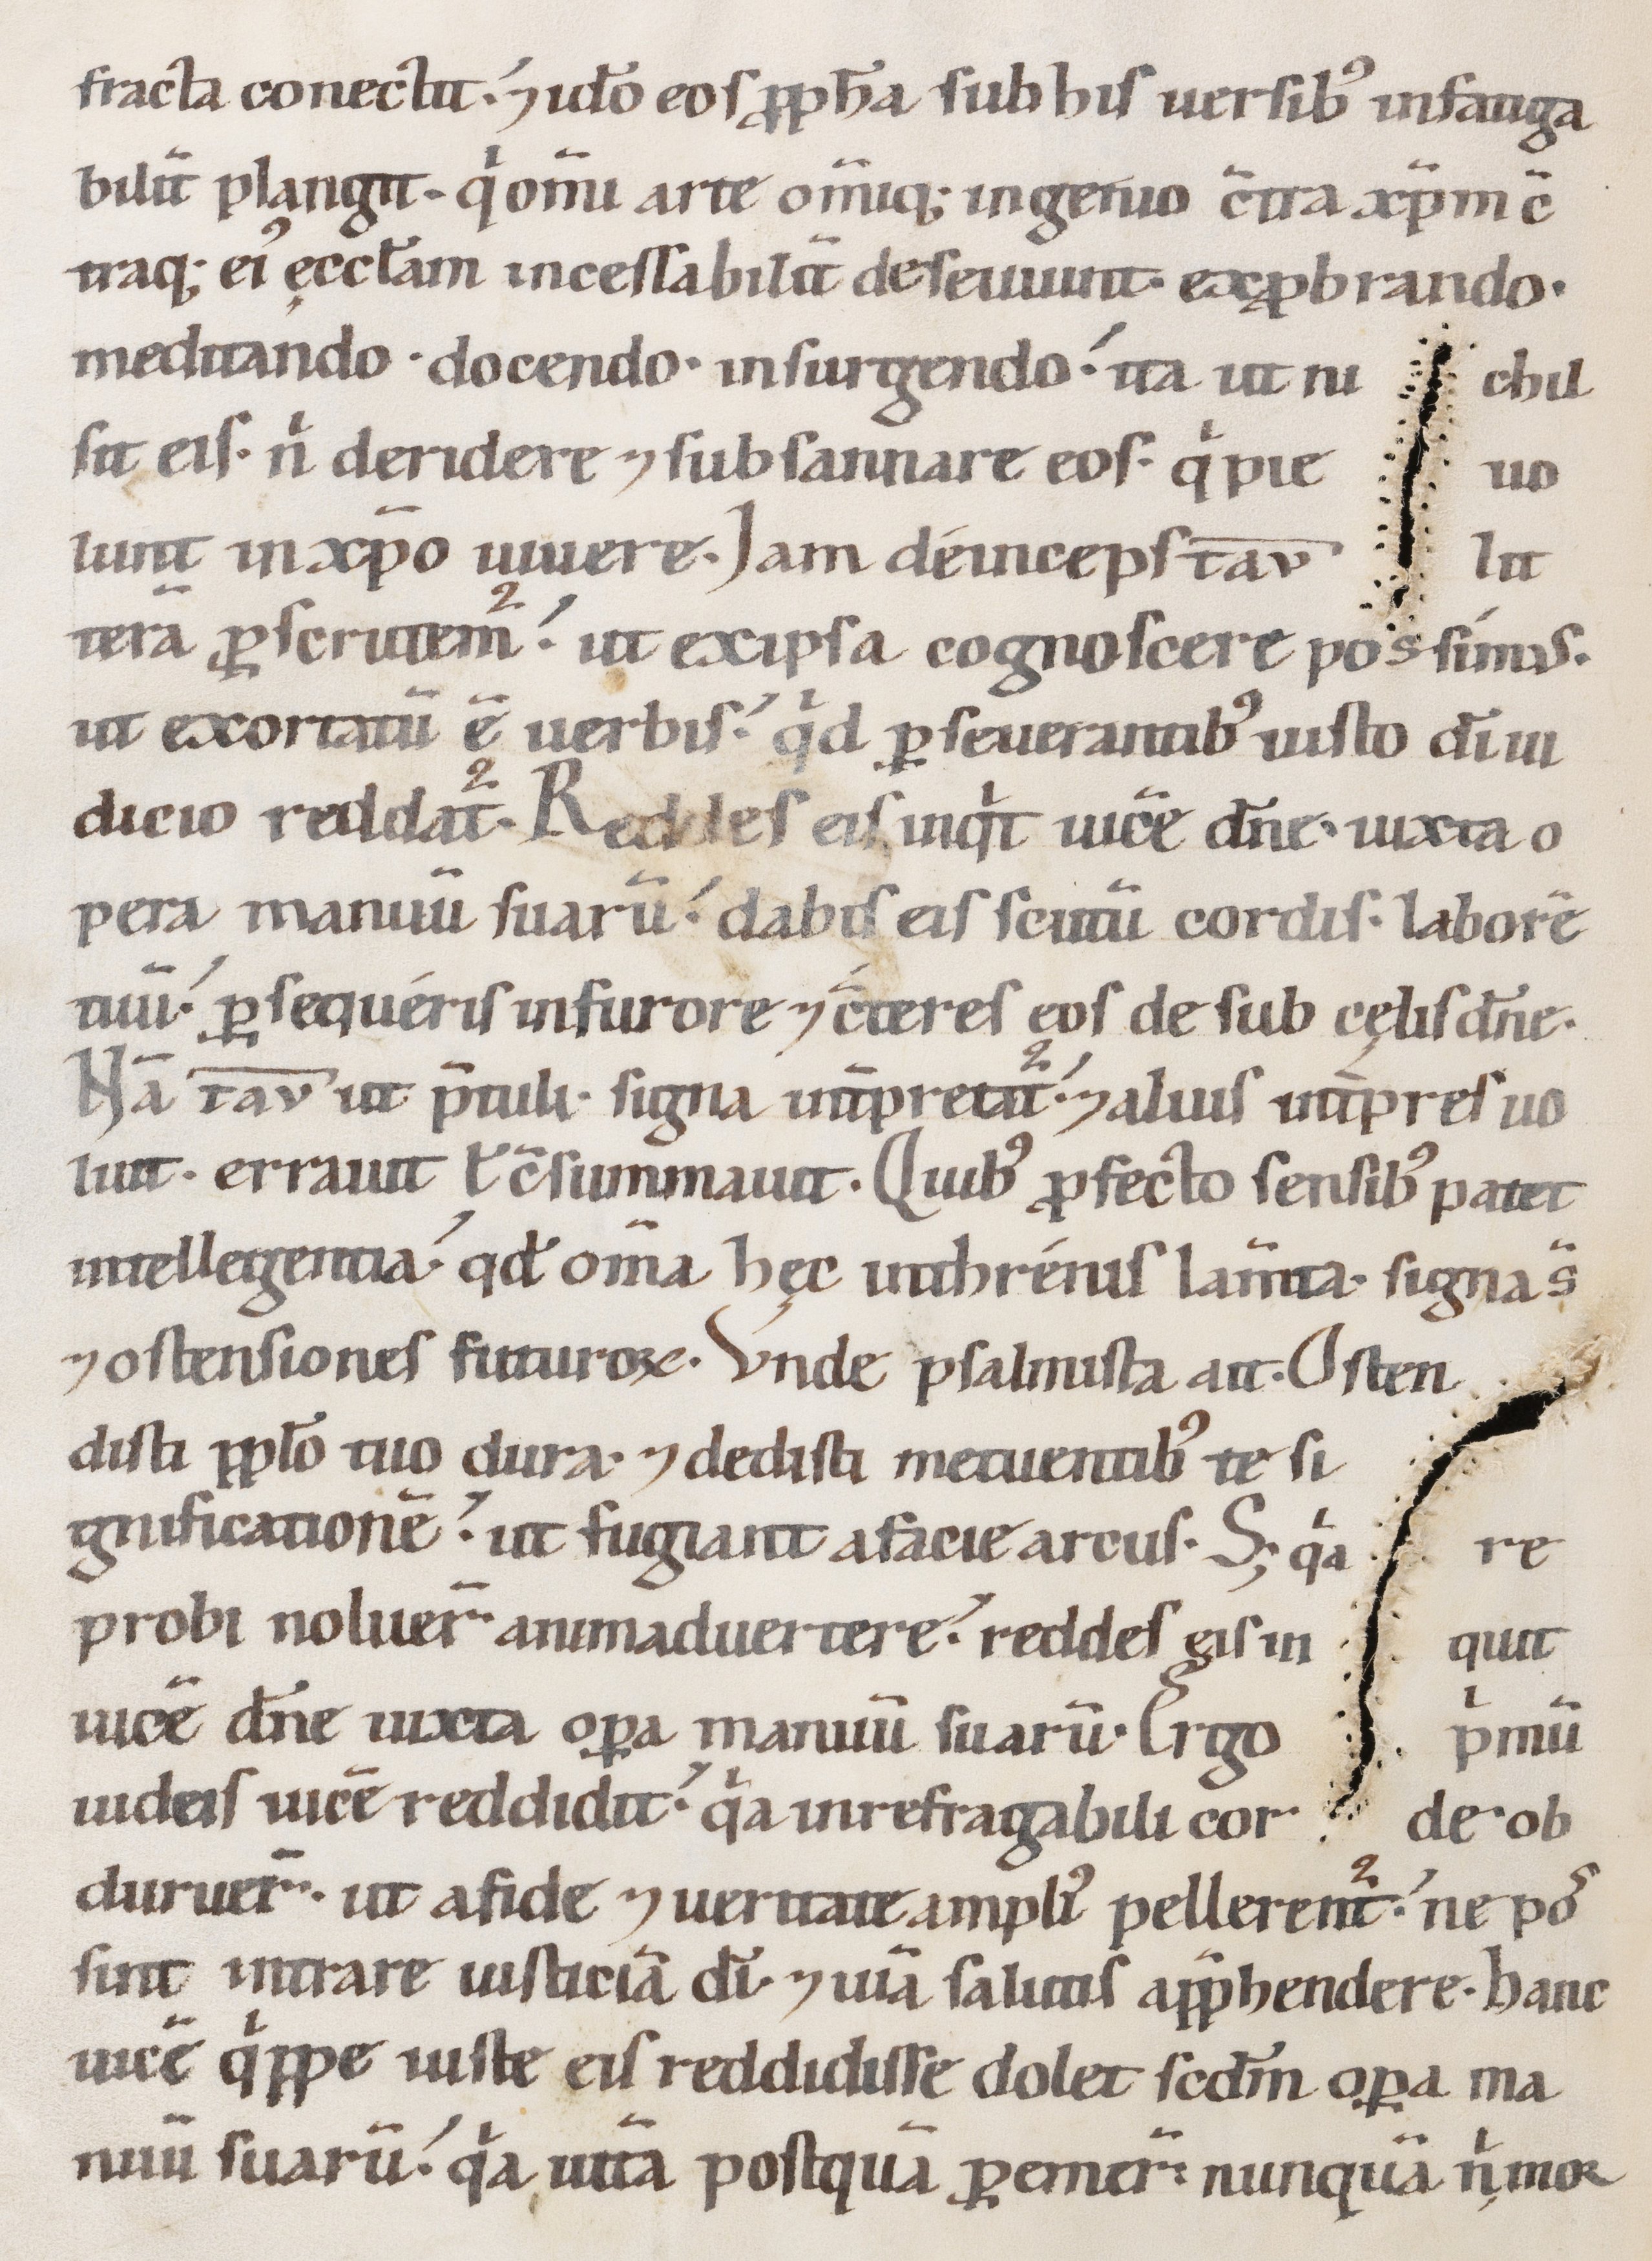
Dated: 1147–1178